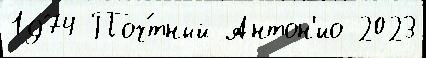
1974 Поч́тный Антон'ио 2023